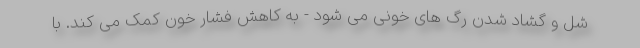
شل و گشاد شدن رگ های خونی می شود - به کاهش فشار خون کمک می کند. با